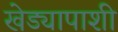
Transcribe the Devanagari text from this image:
खेड्यापाशी